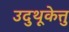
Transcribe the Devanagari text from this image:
उदुथूकेत्तु